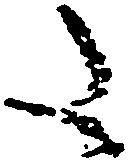
た